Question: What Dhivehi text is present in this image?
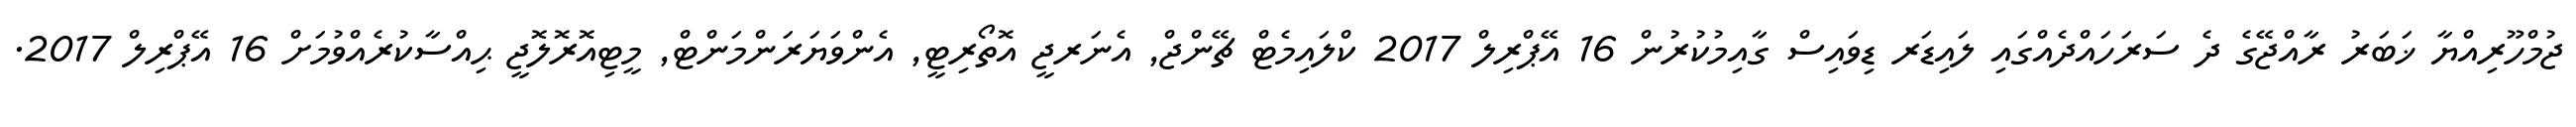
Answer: ޖުމްހޫރިއްޔާ ޚަބަރު ރާއްޖޭގެ ދެ ސަރަހައްދެއްގައި ލައިޑަރ ޑިވައިސް ގާއިމުކުރުން 16 އޭޕްރިލް 2017 ކްލައިމެޓް ޗޭންޖް, އެނަރޖީ އޮތޯރިޓީ, އެންވަޔަރަންމަންޓް, މީޓިއޮރޮލޮޖީ ޙިއްސާކުރެއްވުމަށް 16 އޭޕްރިލް 2017.